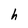
Character: h